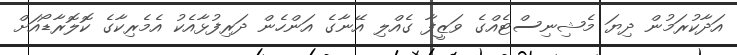
އަދާކުރަމުން ދިޔަ މެޝިނިސްޓެއްގެ ވަޒީފާ ގެއްލި އޭނާގެ އަންހެން ދަރިފުޅާއެކު އެމެރިކާގެ ކޮލޮރާޑޯއަށް